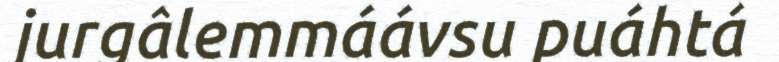
jurgâlemmáávsu puáhtá